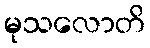
မုသလောတိ